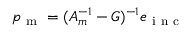
p _ { \mathrm { ~ m ~ } } = ( A _ { m } ^ { - 1 } - G ) ^ { - 1 } e _ { \mathrm { ~ i ~ n ~ c ~ } }